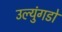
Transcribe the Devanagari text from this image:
उल्युंगडो